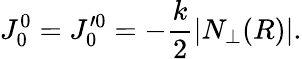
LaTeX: J_{0}^{0}=J_{0}^{\prime 0}=-\frac{k}{2}\left|N_{\perp}(R)\right|.